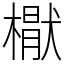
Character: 𣚕